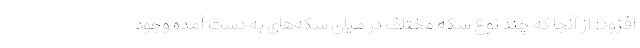
افزود: از آنجا که چند نوع سکه مختلف در میان سکه‌های به دست آمده وجود